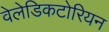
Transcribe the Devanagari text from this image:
वेलेडिकटोरियन